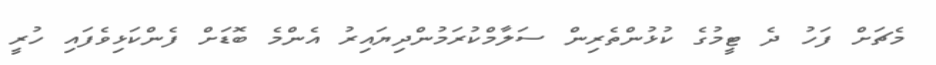
މެޗަށް ފަހު ދެ ޓީމުގެ ކުޅުންތެރިން ސަލާމްކުރަމުންދިޔައިރު އެންމެ ބޮޑަށް ފެންކަޅިވެފައި ހުރީ